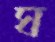
ঘ